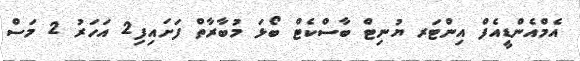
އެމްއެންޑީއެފް އިންޓަރ ޔުނިޓް ބާސްކެޓް ބޯޅަ މުބާރާތް ފަށައިފި2 އަހަރު 2 މަސް